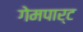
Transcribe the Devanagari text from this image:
गेमपार्ट